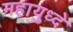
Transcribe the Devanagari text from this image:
महायुध्दे